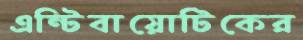
এন্টিবায়োটিকের